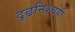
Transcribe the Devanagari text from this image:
दृढ़निश्‍चयी